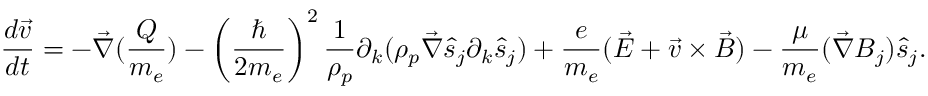
\frac { d \vec { v } } { d t } = - \vec { \nabla } ( \frac { Q } { m _ { e } } ) - \left( \frac { \hbar } { 2 m _ { e } } \right) ^ { 2 } \frac { 1 } { \rho _ { p } } \partial _ { k } ( \rho _ { p } \vec { \nabla } \hat { s } _ { j } \partial _ { k } \hat { s } _ { j } ) + \frac { e } { m _ { e } } ( \vec { E } + \vec { v } \times \vec { B } ) - \frac { \mu } { m _ { e } } ( \vec { \nabla } B _ { j } ) \hat { s } _ { j } .